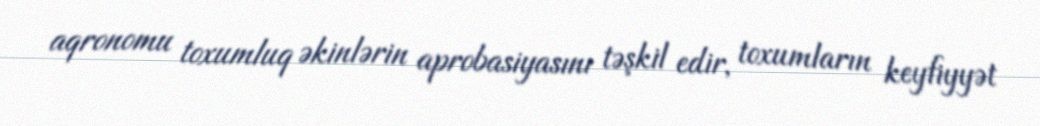
aqronomu toxumluq əkinlərin aprobasiyasını təşkil edir, toxumların keyfiyyət